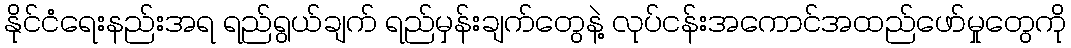
နိုင်ငံရေးနည်းအရ ရည်ရွယ်ချက် ရည်မှန်းချက်တွေနဲ့ လုပ်ငန်းအကောင်အထည်ဖော်မှုတွေကို